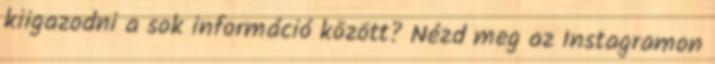
kiigazodni a sok információ között? Nézd meg az Instagramon